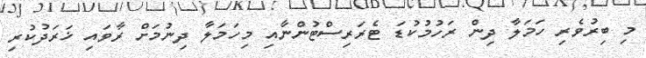
މި ބިރުވެރި ހަމަލާ ދިން ރަހުމުކުޑަ ޓެރަރިސްޓުންނާއި މިހަމަލާ ދިނުމަށް ރާވައި ޚަރަދުކުރި